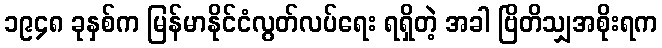
၁၉၄၈ ခုနှစ်က မြန်မာနိုင်ငံလွတ်လပ်ရေး ရရှိတဲ့ အခါ ဗြိတိသျှအစိုးရက